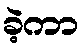
ခဲ့ကာ